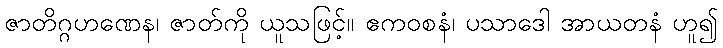
ဇာတိဂ္ဂဟဏေန၊ ဇာတ်ကို ယူသဖြင့်။ ဧကဝစနံ၊ ပသာဒေါ အာယတနံ ဟူ၍